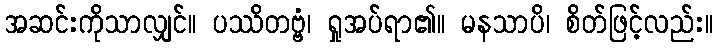
အဆင်းကိုသာလျှင်။ ပဿိတဗ္ဗံ၊ ရှုအပ်ရာ၏။ မနသာပိ၊ စိတ်ဖြင့်လည်း။